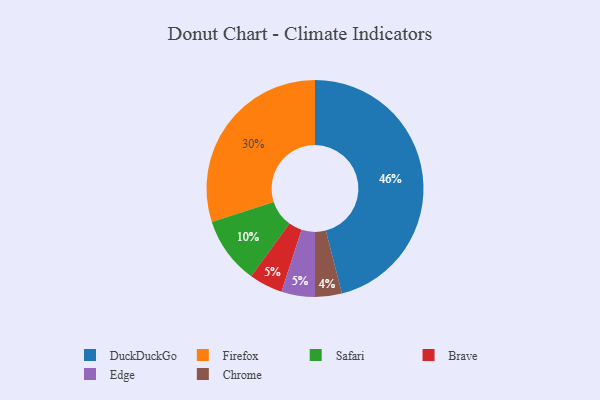
{"axis": {"x": "Category", "y": "Percentage"}, "legend": ["Brave", "Chrome", "DuckDuckGo", "Edge", "Firefox", "Safari"], "data": [{"x": "Safari", "y": 10, "type": "Safari"}, {"x": "Chrome", "y": 4, "type": "Chrome"}, {"x": "Brave", "y": 5, "type": "Brave"}, {"x": "Edge", "y": 5, "type": "Edge"}, {"x": "Firefox", "y": 30, "type": "Firefox"}, {"x": "DuckDuckGo", "y": 46, "type": "DuckDuckGo"}]}